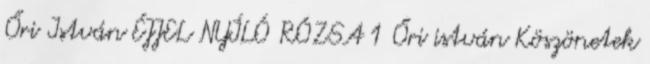
Őri István ÉJJEL NYÍLÓ RÓZSA 1 Őri istván Köszönetek